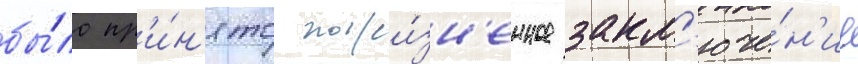
бы́ло пр'и́н'ято пожи́зн'енное закл'юче́н'ие